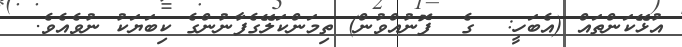
އުޅޭކަންތައް (އެބަހީ:  ގެ  ފޮނުއްވުން) ތިމަންކަލޭގެފާނުންގެ ކިބަޔަކު ނުވެއެވެ.